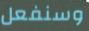
وسنفعل